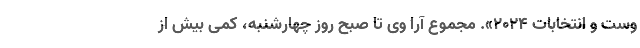
وست و انتخابات ۲۰۲۴». مجموع آرا وی تا صبح روز چهارشنبه، کمی بیش از